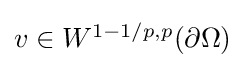
{\textstyle v\in W^{1-1/p,p}(\partial \Omega )}